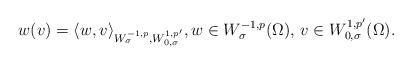
LaTeX: \begin{align*}w(v) =\langle w,v \rangle_{W^{- 1 , p}_{\sigma},W^{1,p^{\prime}}_{0,\sigma}}, w\in W^{- 1 , p}_{\sigma} (\Omega), \, v \in W^{1,p^{\prime}}_{0,\sigma}(\Omega).\end{align*}